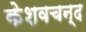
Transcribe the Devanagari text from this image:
केशवचन्द